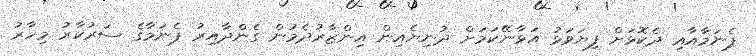
ޕެނަމާއާއި ދެކޮޅަށް ފިޔަވަޅު އަޅާނޭކަމަށް ދުނިޔެއިން އިންޒާރުދެމުން ގެންދާއިރު ޕެނަމާގެ ސަރުކާރު މިހާރު